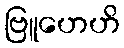
ဗြူဟေဟိ